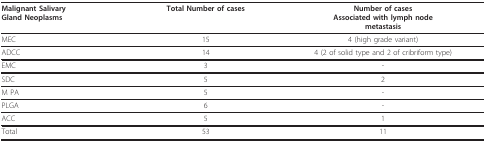
<table><thead><tr><td><b>Malignant SalivaryGland Neoplasms</b></td><td><b>Total Number of cases</b></td><td><b>Number of casesAssociated with lymph nodemetastasis</b></td></tr></thead><tbody><tr><td>MEC</td><td>15</td><td>4 (high grade variant)</td></tr><tr><td>ADCC</td><td>14</td><td>4 (2 of solid type and 2 of cribriform type)</td></tr><tr><td>EMC</td><td>3</td><td>-</td></tr><tr><td>SDC</td><td>5</td><td>2</td></tr><tr><td>M PA</td><td>5</td><td>-</td></tr><tr><td>PLGA</td><td>6</td><td>-</td></tr><tr><td>ACC</td><td>5</td><td>1</td></tr><tr><td>Total</td><td>53</td><td>11</td></tr></tbody></table>